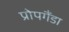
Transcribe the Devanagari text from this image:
प्रोपगैंडा